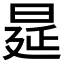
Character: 𭦋